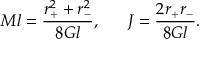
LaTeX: M l = { \frac { r _ { + } ^ { 2 } + r _ { - } ^ { 2 } } { 8 G l } } , \ \ \ \ \ J = { \frac { 2 r _ { + } r _ { - } } { 8 G l } } .